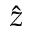
\hat { z }